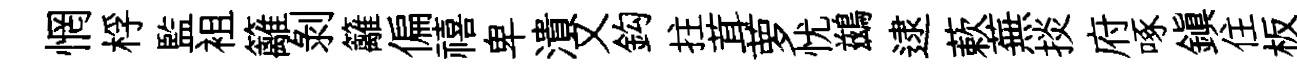
惘桴監袓籬剝籬偏禧卑潰又鈎拄茸萝忧鷀逮蔌蕪掞府啄鎭住板